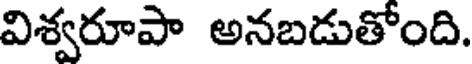
విశ్వరూపా అనబడుతోంది.